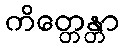
ကိတ္တေန္တာ